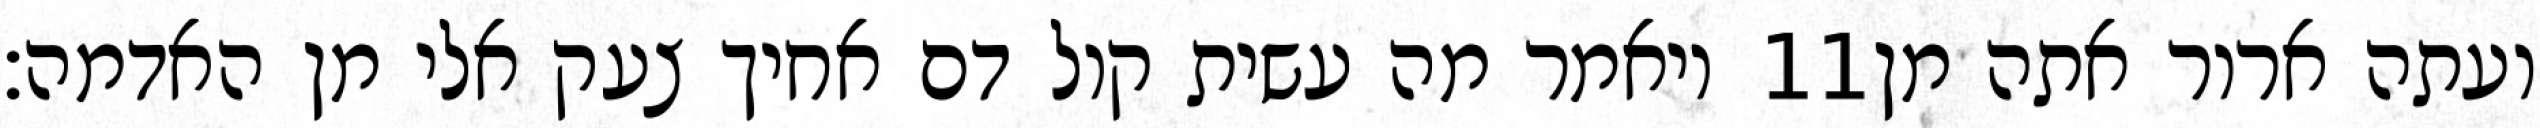
ויאמר מה עשית קול דם אחיך צעק אלי מן האדמה׃ ‎11‏ ועתה ארור אתה מן